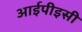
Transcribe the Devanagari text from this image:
आईपीइसी